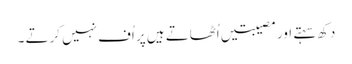
دکھ سہتے اور مصیبتیں اُٹھاتے ہیں پر اُف نہیں کرتے ۔